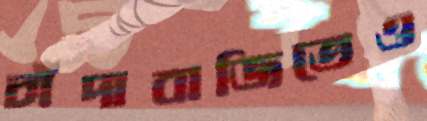
চাঁদাবাজিতেও